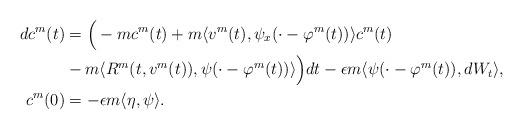
LaTeX: \begin{align*}dc^m(t) & = \Big( -mc^m(t) + m \langle v^m(t), \psi_x(\cdot- \varphi^m(t)) \rangle c^m(t) \\& {} - m \langle R^m(t, v^m(t)), \psi(\cdot- \varphi^m(t)) \rangle \Big) dt -\epsilon m \langle \psi(\cdot- \varphi^m(t)), dW_t \rangle, \\c^m(0) &= -\epsilon m \langle \eta, \psi\rangle.\end{align*}